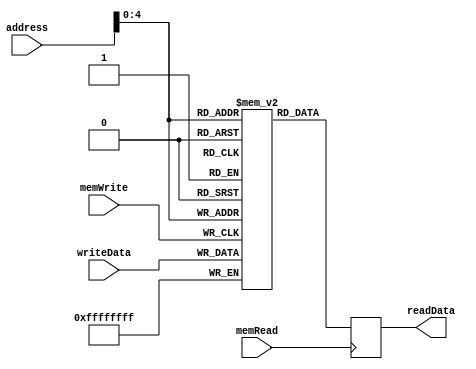
module data_memory (
  input wire [31:0] address, 
  input wire [31:0] writeData, 
  input wire memWrite, 
  input wire memRead,       
  output reg [31:0] readData
);

  reg [31:0] memory [0:31]; //32 registers of 32 bits (here comes the memory hierarchy)

  always @(posedge memRead) begin
	 //testar desse jeito
    if (memRead) begin
		readData = memory[address];
	 end
  end

  always @(posedge memWrite) begin
    if (memWrite) begin
      memory[address] <= writeData;
    end
  end

endmodule